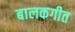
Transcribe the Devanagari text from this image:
बालकगीत